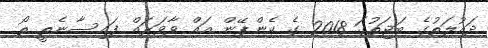
ދައުލަތުގެ ބަޖަތުގަ 2018 ގެ ކެންޕޭން އައް ވާވަރައް ފައިސާނެތީ ތޯ